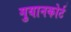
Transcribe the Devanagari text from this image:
गुयानकोर्ट